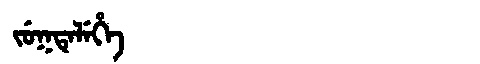
Manchu: ᠵᡠᡴᡨᡝᠯᡝᡥᡝ
Romanization: JUKTELEHE